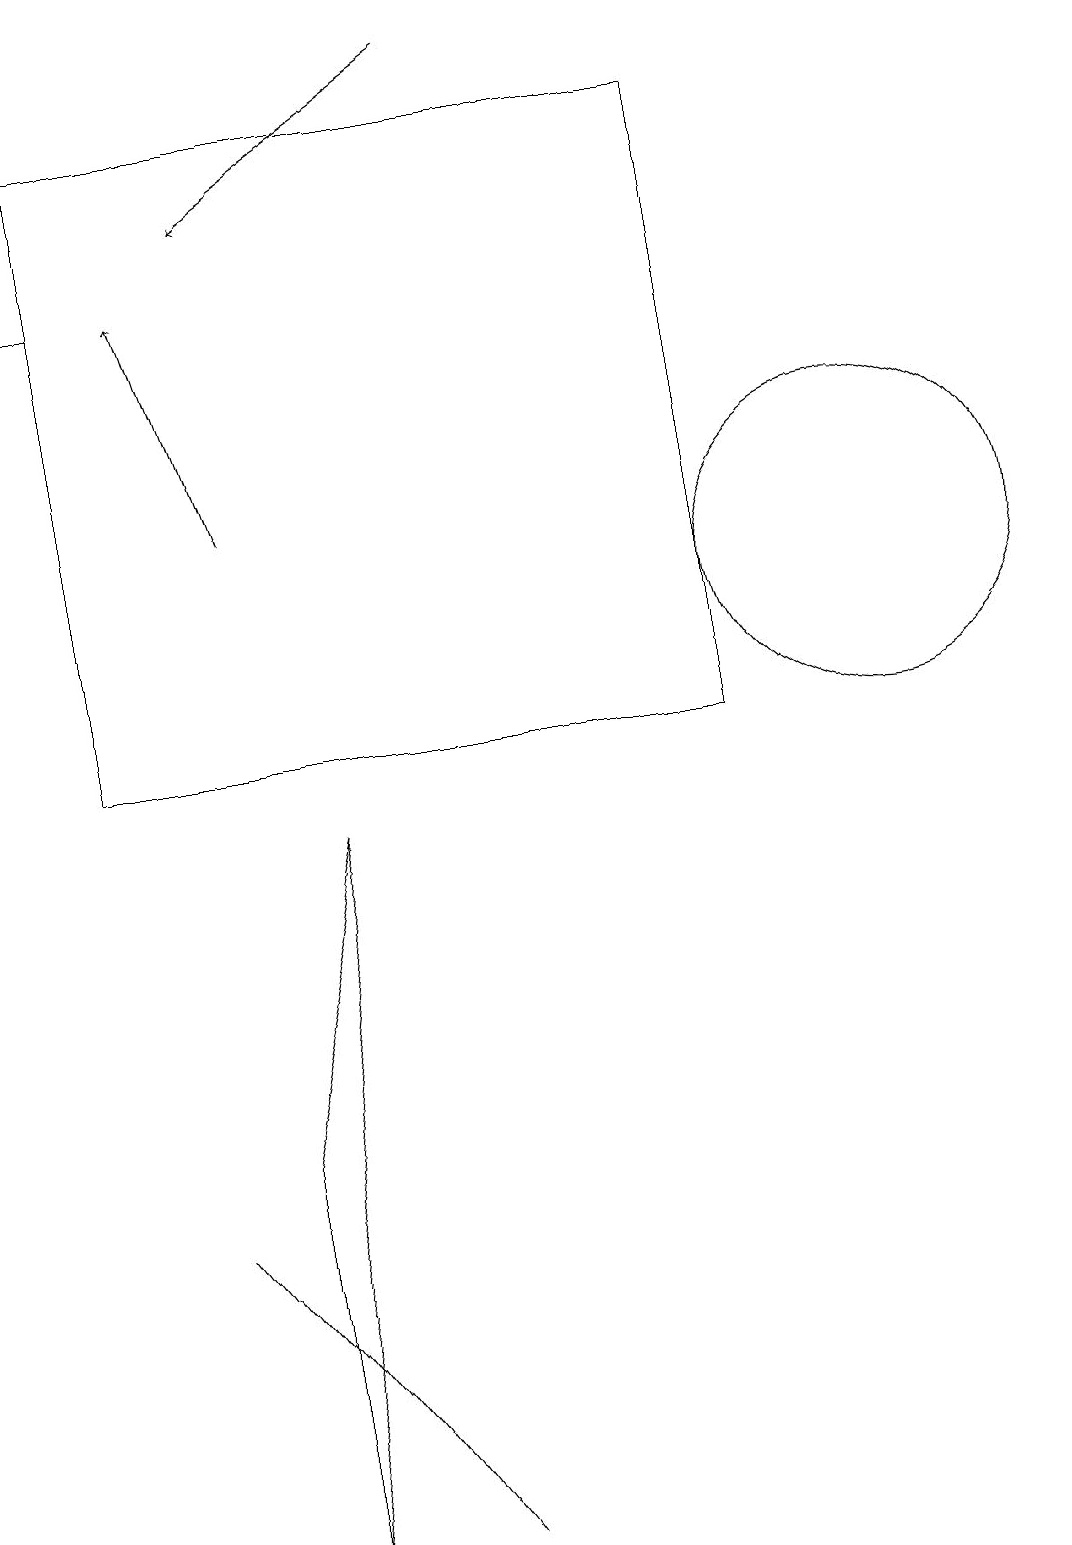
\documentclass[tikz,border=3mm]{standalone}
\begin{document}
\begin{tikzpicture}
\draw (1,10) rectangle (9,18);
\draw[->] (1,16) -- (0,16);
\draw (5,0) -- (2,4) -- (2,4) -- cycle;
\draw (11,12) circle (2);
\draw[->] (6,19) -- (3,17);
\draw[->] (3,13) -- (2,16);
\draw[->] (0,19) -- (0,19);
\draw (3,5) -- (3,0) -- (4,9) -- cycle;
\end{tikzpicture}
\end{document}